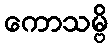
ကောသမ္ဗိ